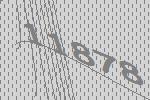
11878